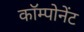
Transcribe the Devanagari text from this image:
काॅम्पोनेंट